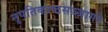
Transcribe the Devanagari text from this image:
नृपतिकाष्ठसञ्जागरे